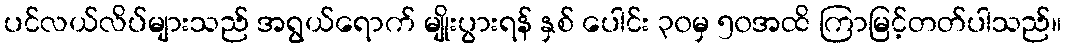
ပင်လယ်လိပ်များသည် အရွယ်ရောက် မျိုးပွားရန် နှစ် ပေါင်း ၃၀မှ ၅၀အထိ ကြာမြင့်တတ်ပါသည်။